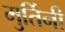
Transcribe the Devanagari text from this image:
मुर्तिनी